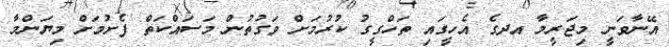
އޭނާވަނީ މިޖަރީމާ އދގެ އެހީގައި ތަހްގީގު ކުރުމަށް ވަގުތުން މަސައްކަތް ފެށުމަށް މިޔަންމާ